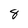
Character: 8